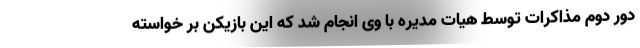
دور دوم مذاکرات توسط هیات مدیره با وی انجام شد که این بازیکن بر خواسته